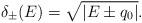
LaTeX: \begin{align*}\delta_{\pm} (E) = \sqrt{|E\pm q_0|}.\end{align*}